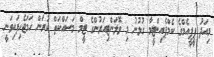
މިއަދު ޕީޕީއެމްގެ ކެމްޕެއިންޓީމާ ގުޅުނު މި ވޮލަންޓިއަރުންގެ ޓީމް މަސައްކަތް ކުރަން ހަމަޖެހިފައިވަނީ